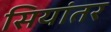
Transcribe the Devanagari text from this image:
सियांतर